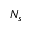
N _ { s }